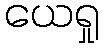
ယေရှု